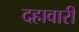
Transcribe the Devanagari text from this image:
दहावारी